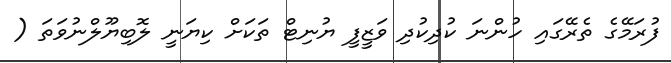
ފުރަމޭގެ ތެރޭގައި ހުންނަ ކުދިކުދި ވަޒީފީ ޔުނިޓް ތަކަށް ކިޔަނީ ލޮބިޔޫލްނުވަތަ (